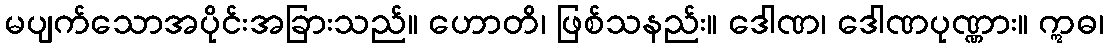
မပျက်သောအပိုင်းအခြားသည်။ ဟောတိ၊ ဖြစ်သနည်း။ ဒေါဏ၊ ဒေါဏပုဏ္ဏား။ ဣဓ၊